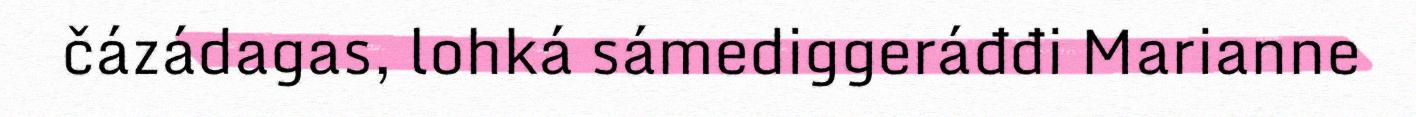
čázádagas, lohká sámediggeráđđi Marianne